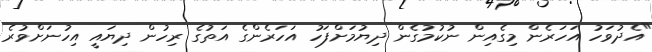
"އެދުވަހު އަހަރެން މިގެއިން ނުކުމުގެން ދިޔުމަށްފަހު އަހަރެންގެ އަތުގެ ރިހުން ދިޔައީ އިހުނަށްވުރެ